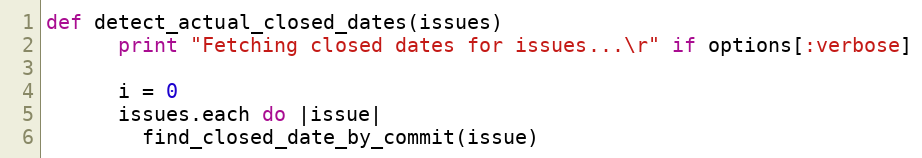
Language: Ruby
def detect_actual_closed_dates(issues)
      print "Fetching closed dates for issues...\r" if options[:verbose]

      i = 0
      issues.each do |issue|
        find_closed_date_by_commit(issue)